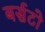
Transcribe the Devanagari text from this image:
बर्सटो